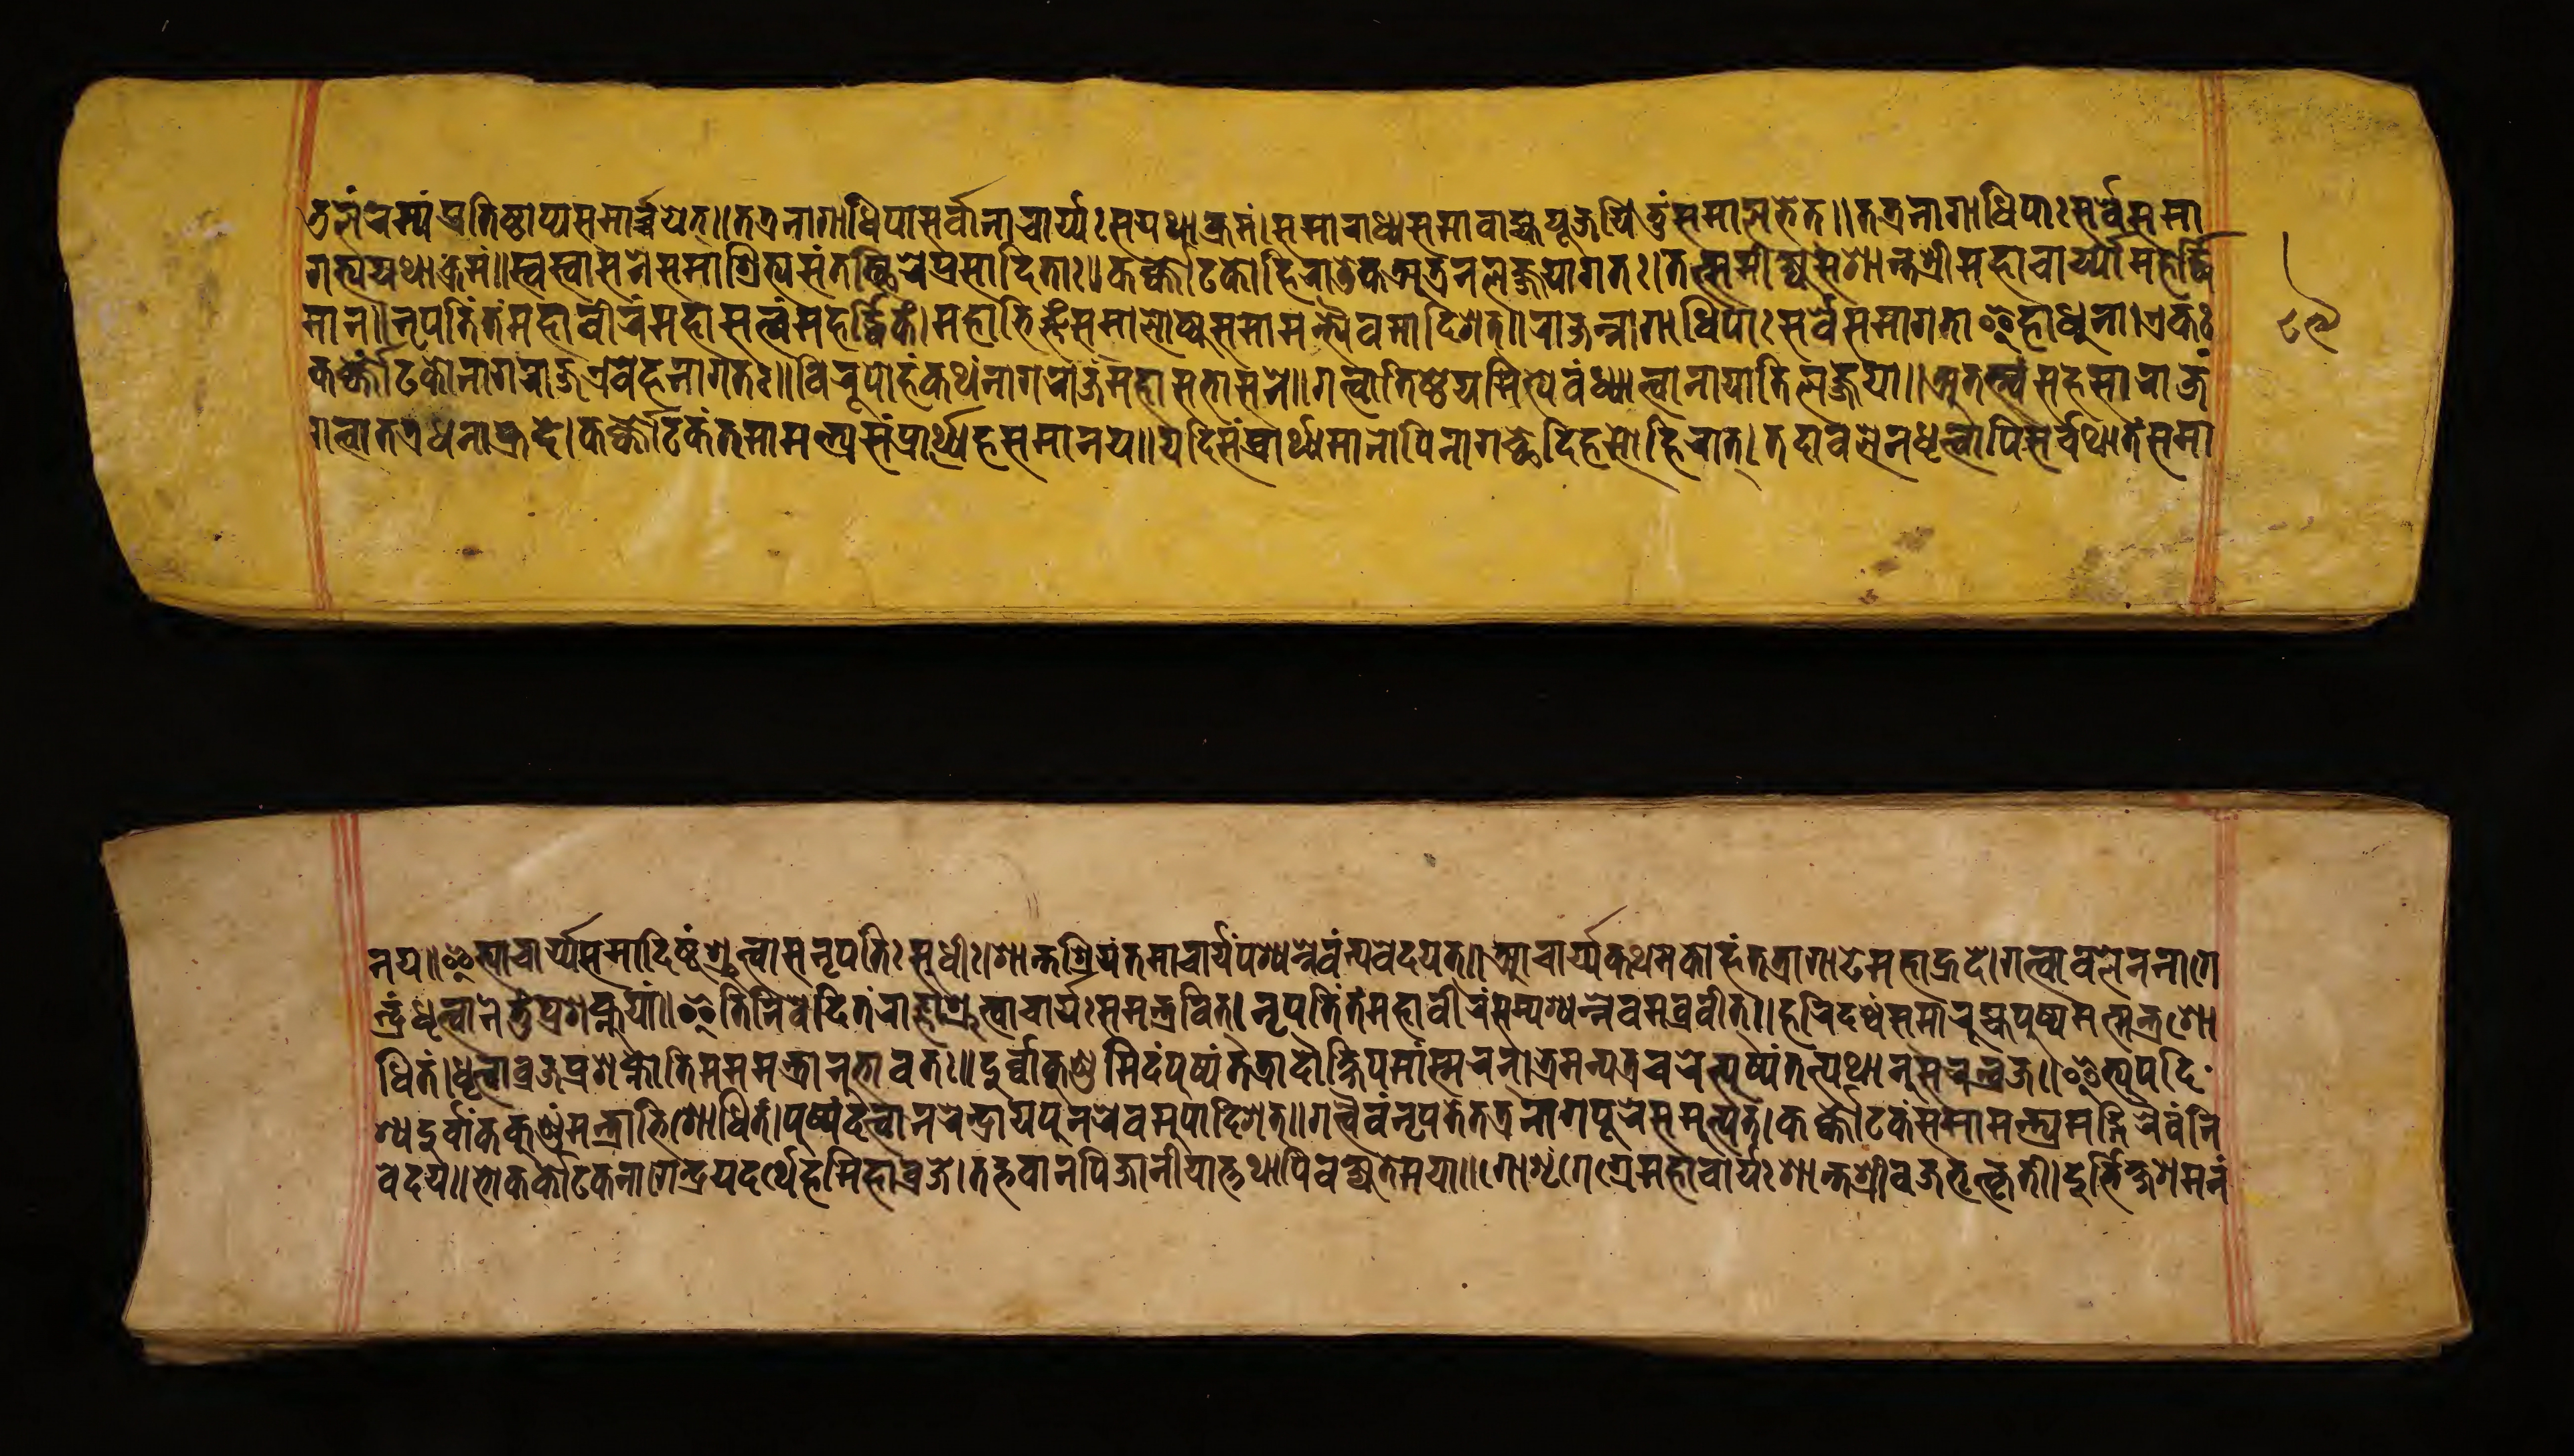
 𑐞𑑂𑐜𑐮𑑄𑐬𑐩𑑂𑐫𑑄𑐥𑑂𑐬𑐟𑐶𑐲𑑂𑐛𑐵𑐥𑑂𑐫𑐳𑐩𑐵𑐬𑑂𑐔𑑂𑐔𑐫𑐟𑑂𑑌𑐟𑐟𑑂𑐬𑐣𑐵𑐐𑐵𑐢𑐶𑐥𑐵𑐣𑑂𑐳𑐬𑑂𑐰𑐵𑐣𑐵𑐔𑐵𑐬𑑂𑐫𑑅𑐳𑐫𑐠𑐵𑐎𑑂𑐬𑐩𑑄𑑋𑐳𑐩𑐵𑐬𑐵𑐢𑑂𑐫𑐳𑐩𑐵𑐰𑐵𑐴𑑂𑐫𑐥𑐹𑐖𑐫𑐶𑐟𑐸𑑄𑐳𑐩𑐵𑐮𑐨𑐟𑑂𑑌𑐟𑐟𑑂𑐬𑐣𑐵𑐐𑐵𑐢𑐶𑐥𑐵𑑅𑐳𑐬𑑂𑐰𑐾𑐳𑐩𑐵 𑐐𑐟𑑂𑐫𑐫𑐠𑐵𑐎𑑂𑐬𑐩𑑄𑑋𑐳𑑂𑐰𑐳𑑂𑐰𑐵𑐳𑐣𑑄𑐳𑐩𑐵𑐱𑑂𑐬𑐶𑐟𑑂𑐫𑐳𑑄𑐟𑐳𑑂𑐠𑐶𑐬𑐾𑐥𑑂𑐬𑐳𑐵𑐡𑐶𑐟𑐵𑑅𑑌𑐎𑐬𑑂𑐎𑑀𑐚𑐎𑑀𑐴𑐶𑐬𑐵𑐜𑐾𑐎𑐊𑐰𑐣𑐮𑐖𑑂𑐖𑐫𑐵𑐐𑐟𑑅𑑋𑐟𑐟𑑂𑐳𑐩𑐷𑐎𑑂𑐲𑑂𑐫𑐳𑐱𑐵𑐣𑑂𑐟𑐱𑑂𑐬𑐷𑐬𑑂𑐩𑐴𑐵𑐔𑐵𑐬𑑂𑐫𑐵𑐩𑐴𑐬𑑂𑐡𑑂𑐢𑐶 𑐩𑐵𑐣𑑂𑑌𑐣𑐺𑐥𑐟𑐶𑑄𑐟𑑄𑐩𑐴𑐵𑐰𑐷𑐬𑑄𑐩𑐴𑐵𑐳𑐟𑑂𑐟𑑂𑐰𑑄𑐩𑐴𑐬𑑂𑐡𑑂𑐢𑐶𑐎𑑄𑑋𑐩𑐴𑐵𑐨𑐶𑐖𑑂𑐘𑑄𑐳𑐩𑐵𑐮𑑀𑐎𑑂𑐫𑐳𑐩𑐵𑐩𑐣𑑂𑐟𑑂𑐬𑐫𑐿𑐰𑐩𑐵𑐡𑐶𑐱𑐟𑑂𑑌𑐬𑐵𑐖𑐣𑑂𑐣𑐵𑐐𑐵𑐢𑐶𑐥𑐵𑑅𑐳𑐬𑑂𑐰𑐾𑐳𑐩𑐵𑐐𑐟𑐵𑐂𑐴𑐵𑐢𑐸𑐣𑐵𑑋𑐊𑐎𑑅 𑐎𑐬𑑂𑐎𑑂𑐎𑑀𑐚𑐎𑑀𑐣𑐵𑐐𑐬𑐵𑐖𑐊𑐰𑐾𑐴𑐣𑐵𑐐𑐟𑑅𑑌𑐰𑐶𑐬𑐹𑐥𑑀𑐴𑑄𑐎𑐠𑑄𑐣𑐵𑐐𑐬𑐵𑐖𑐩𑐴𑐵𑐳𑐨𑐵𑐳𑐣𑐾𑑋𑐐𑐟𑑂𑐰𑐵𑐟𑐶𑐲𑑂𑐛𑐾𑐫𑐩𑐶𑐟𑑂𑐫𑐾𑐰𑑄𑐢𑑂𑐫𑐵𑐟𑑂𑐰𑐵𑐣𑐵𑐫𑐵𑐟𑐶𑐮𑐖𑑂𑐖𑐫𑐵𑑌𑐀𑐟𑐳𑑂𑐟𑑄𑐳𑐴𑐳𑐵𑐬𑐵𑐖𑑄 𑐐𑐟𑑂𑐰𑐵𑐟𑐟𑑂𑐬𑐩𑐴𑐵𑐴𑑂𑐬𑐡𑐾𑑋𑐎𑐬𑑂𑐎𑑂𑐎𑑀𑐚𑐎𑑄𑐟𑐩𑐵𑐩𑐣𑑂𑐟𑑂𑐬𑐫𑐳𑑄𑐥𑑂𑐬𑐵𑐬𑑂𑐠𑑂𑐫𑐾𑐴𑐳𑐩𑐵𑐣𑐫𑑌𑐫𑐡𑐶𑐳𑑄𑐥𑑂𑐬𑐵𑐬𑑂𑐠𑑂𑐫𑐩𑐵𑐣𑐵𑐥𑐶𑐣𑐵𑐐𑐕𑐾𑐡𑐶𑐴𑐳𑑀𑐴𑐶𑐬𑐵𑐚𑑂𑑋𑐟𑐡𑐵𑐧𑐮𑐾𑐣𑐢𑐺𑐟𑑂𑐰𑐵𑐥𑐶𑐳𑐬𑑂𑐰𑐠𑐵𑐟𑑄𑐳𑐩𑐵 𑐣𑐫𑑌𑐂𑐟𑑂𑐫𑐵𑐔𑐵𑐬𑑂𑐫𑐳𑐩𑐵𑐡𑐶𑐲𑑂𑐚𑑄𑐱𑐺𑐟𑑂𑐰𑐵𑐳𑐣𑐺𑐥𑐟𑐶𑑅𑐳𑐸𑐢𑐷𑑅𑑋𑐱𑐵𑐣𑑂𑐟𑐱𑑂𑐬𑐶𑐫𑑄𑐟𑐩𑐵𑐔𑐵𑐬𑑂𑐫𑐥𑐱𑑂𑐫𑐣𑑂𑐣𑐾𑐰𑑄𑐣𑑂𑐫𑐰𑐾𑐡𑐫𑐟𑑂𑑌𑐁𑐔𑐵𑐬𑑂𑐫𑐎𑐠𑐩𑐎𑑀𑐴𑑄𑐟𑐟𑑂𑐬𑐵𑐐𑐵𑐝𑐩𑐴𑐵𑐴𑑂𑐬𑐡𑐾𑑋𑐐𑐟𑑂𑐰𑐵𑐧𑐮𑐾𑐣𑐣𑐵𑐐𑐾 𑐣𑑂𑐡𑑂𑐬𑑄𑐢𑐺𑐟𑑂𑐰𑐵𑐣𑐾𑐟𑐸𑑄𑐥𑑂𑐬𑐱𑐎𑑂𑐣𑐸𑐫𑐵𑑄𑑌𑐂𑐟𑐶𑐣𑐶𑐰𑐾𑐡𑑂𑐫𑐟𑑄𑐬𑐵𑐖𑑂𑐘𑐵𑐱𑑂𑐬𑐸𑐟𑑂𑐰𑐵𑐔𑐵𑐬𑑂𑐫𑑅𑐳𑐩𑐣𑑂𑐟𑑂𑐬𑐰𑐶𑐟𑑂𑑋𑐣𑐺𑐥𑐟𑐶𑑄𑐟𑑄𑐩𑐴𑐵𑐰𑐷𑐬𑑄𑐳𑐩𑑂𑐥𑐱𑑂𑐫𑐣𑑂𑐣𑐾𑐰𑐩𑐧𑑂𑐬𑐰𑐷𑐟𑑂𑑌𑐴𑐬𑐶𑐡𑐱𑑂𑐰𑑄𑐳𑐩𑐵𑐬𑐸𑐴𑑂𑐫𑐥𑐸𑐲𑑂𑐥𑐩𑐟𑑂𑐩𑐣𑑂𑐟𑑂𑐬𑐱𑑀 𑐢𑐶𑐟𑑄𑑋𑐢𑐺𑐟𑑂𑐰𑐵𑐧𑑂𑐬𑐖𑐥𑑂𑐬𑐱𑐎𑑂𑐣𑑀𑐲𑐶𑐩𑐩𑐩𑐣𑑂𑐟𑑂𑐬𑐵𑐣𑐸𑐨𑐵𑐰𑐟𑑅𑑌𑐡𑐸𑐬𑑂𑐰𑐵𑐎𑐸𑐞𑑂𑐜𑐩𑐶𑐡𑑄𑐥𑐸𑐲𑑂𑐥𑑄𑐟𑐟𑑂𑐬𑐵𑐡𑑁𑐎𑑂𑐲𑐶𑐥𑐩𑐵𑑄𑐳𑑂𑐩𑐬𑐣𑑂𑑋𑐨𑑂𑐬𑐩𑐣𑑂𑐫𑐟𑑂𑐬𑐔𑐬𑐾𑐣𑑂𑐥𑐸𑐲𑑂𑐥𑑄𑐟𑐟𑑂𑐫𑐠𑐵𑐣𑐸𑐳𑐬𑐣𑑂𑐧𑐖𑑌𑐂𑐟𑑂𑐫𑐸𑐥𑐡𑐶 𑐱𑑂𑐫𑐡𑐸𑐰𑐷𑐎𑑄𑐎𑐸𑐞𑑂𑐜𑑄𑐩𑐣𑑂𑐟𑑂𑐬𑐵𑐨𑐶𑐱𑑀𑐢𑐶𑐟𑑄𑑋𑐥𑐸𑐲𑑂𑐥𑑄𑐡𑐟𑑂𑐰𑐵𑐣𑐬𑐾𑐣𑑂𑐡𑑂𑐬𑐵𑐫𑐥𑐸𑐣𑐬𑐾𑐰𑐩𑐸𑐥𑐵𑐡𑐶𑐱𑐟𑑂𑑌𑐐𑐟𑑂𑐰𑐿𑐰𑑄𑐣𑐺𑐥𑐟𑐾𑐟𑐟𑑂𑐬𑐣𑐵𑐐𑐥𑐸𑐬𑐾𑐳𑐩𑐾𑐟𑑂𑐫𑐟𑑄𑑋𑐎𑐬𑑂𑐎𑑀𑐚𑐎𑑄𑐳𑐩𑐵𑐩𑐣𑑂𑐟𑑂𑐬𑐫𑐩𑐡𑑂𑐐𑐶𑐬𑐿𑐰𑑄𑐣𑐶 𑐰𑐾𑐡𑐫𑑌𑐨𑑀𑐎𑐬𑑂𑐎𑑂𑐎𑑀𑐚𑐎𑐣𑐵𑐐𑐾𑐣𑑂𑐡𑑂𑐬𑐫𑐡𑐬𑑂𑐠𑐾𑐡𑐩𑐶𑐴𑐵𑐰𑑂𑐬𑐖𑑋𑐟𑐡𑑂𑐨𑐰𑐵𑐣𑐥𑐶𑐖𑐵𑐣𑐷𑐫𑐵𑐟𑑂𑐟𑐠𑐵𑐥𑐶𑐰𑐎𑑂𑐲𑑂𑐫𑐟𑐾𑐩𑐫𑐵𑑌𑐐𑑀𑐱𑐺𑐒𑑂𑐐𑐾𑐩𑐴𑐵𑐔𑐵𑐬𑑂𑐫𑑅𑐱𑐵𑐣𑑂𑐟𑐱𑑂𑐬𑐷𑐬𑑂𑐰𑐖𑑂𑐬𑐨𑐺𑐟𑑂𑐎𑐺𑐟𑐷𑑋𑐡𑐸𑐬𑑂𑐨𑐶𑐎𑑂𑐲𑐱𑐩𑐣𑑄 𑑘𑑙